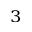
_ 3